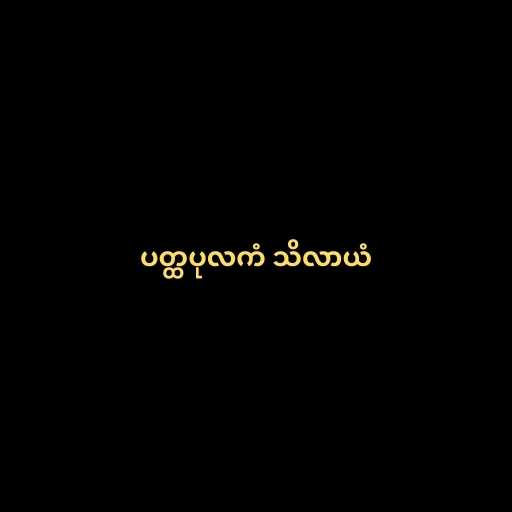
ပတ္ထပုလကံ သိလာယံ